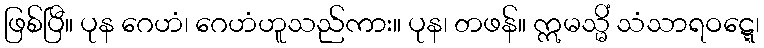
ဖြစ်ပြီ။ ပုန ဂေဟံ၊ ဂေဟံဟူသည်ကား။ ပုန၊ တဖန်။ ဣမသ္မိံ သံသာရဝဋ္ဋေ၊